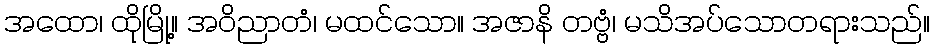
အထော၊ ထိုမြို့။ အဝိညာတံ၊ မထင်သော။ အဇာနိ တဗ္ဗံ၊ မသိအပ်သောတရားသည်။